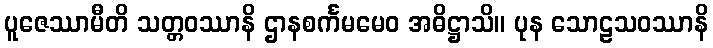
ပူဇေဿာမီတိ သတ္တဝဿာနိ ဌာနစင်္ကမမေဝ အဓိဋ္ဌာသိ။ ပုန သောဠသဝဿာနိ